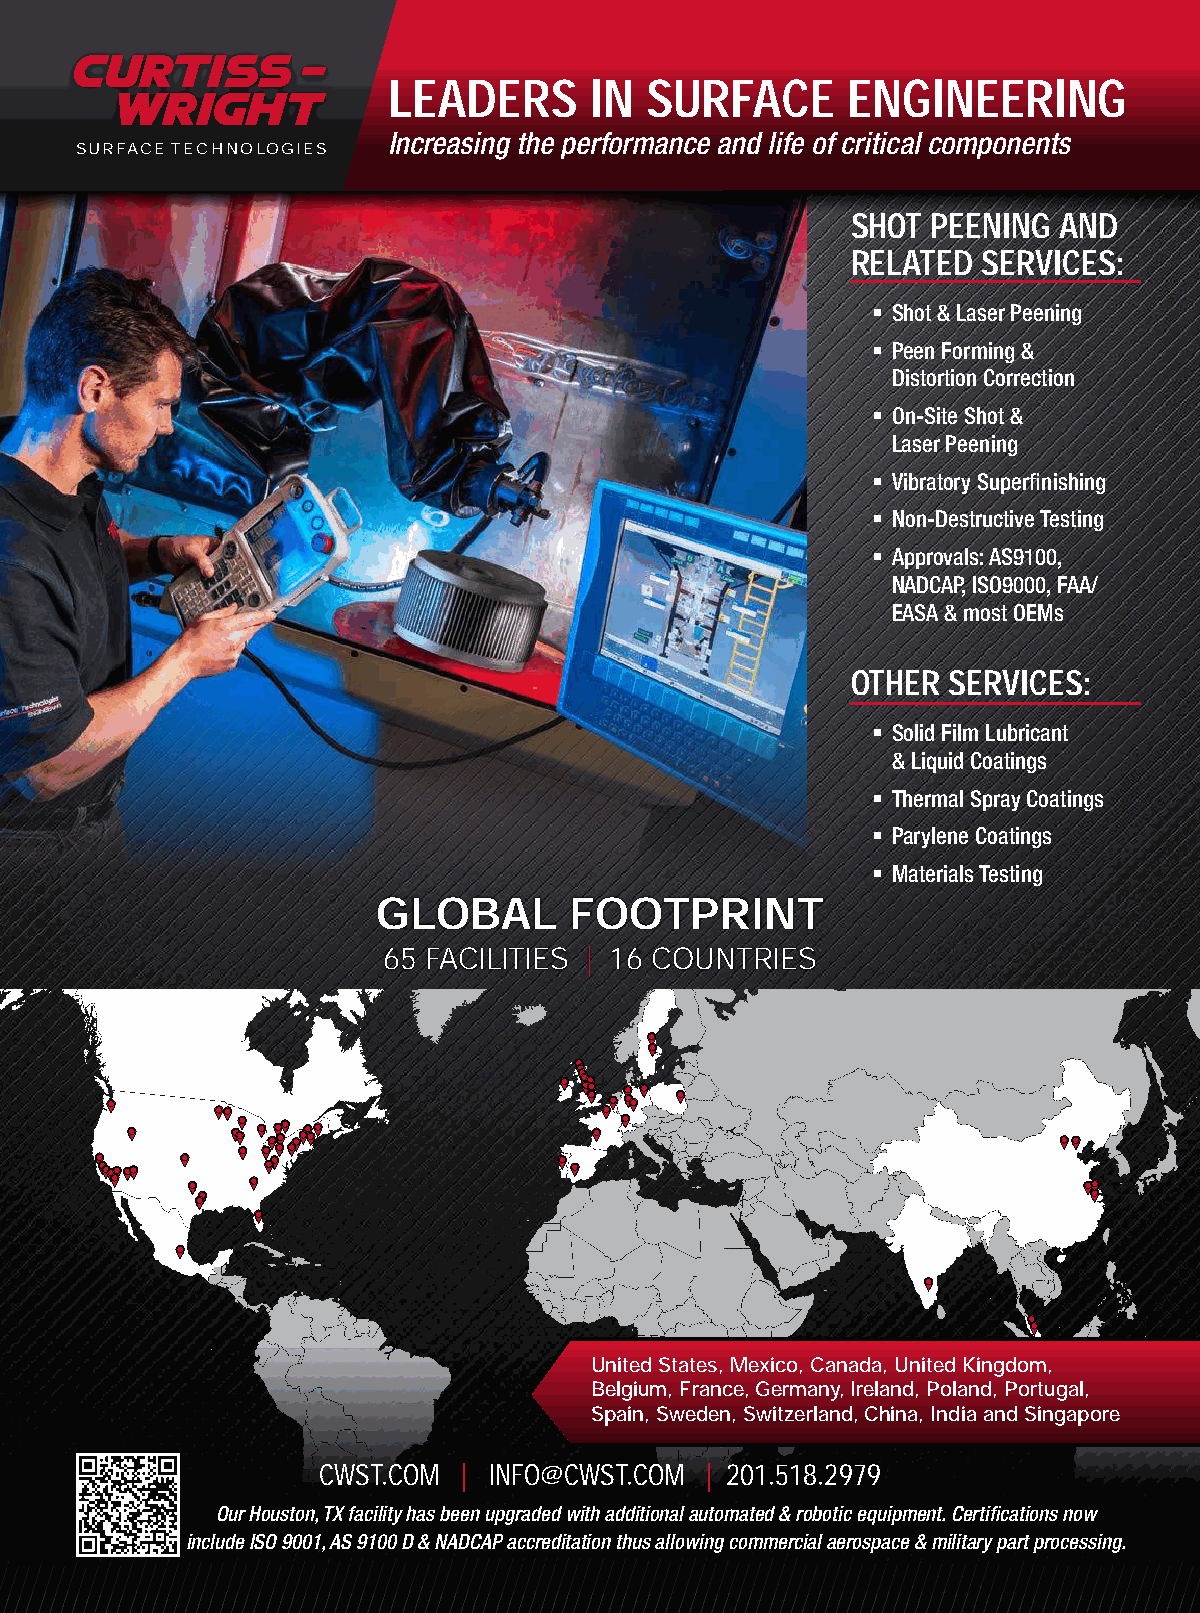
LEADERS      IN  SURFACE      ENGINEERING
 Increasing the performance and life of critical components
 SURFACE TECHNOLOGIES
 SHOT  PEENING AND
 RELATED  SERVICES:
 § Shot & Laser Peening
 § Peen Forming &
 Distortion Correction
 § On-Site Shot &
 Laser Peening
 § Vibratory Superfinishing
 § Non-Destructive Testing
 § Approvals: AS9100,
 NADCAP, ISO9000, FAA/
 EASA & most OEMs
 OTHER  SERVICES:
 § Solid Film Lubricant
 & Liquid Coatings
 § Thermal Spray Coatings
 § Parylene Coatings
 § Materials Testing
 GLOBAL       FOOTPRINT
 65 FACILITIES | 16 COUNTRIES
 United States, Mexico, Canada, United Kingdom,
 Belgium, France, Germany, Ireland, Poland, Portugal,
 Spain, Sweden, Switzerland, China, India and Singapore
 CWST.COM  | INFO@CWST.COM | 201.518.2979
 Our Houston, TX facility has been upgraded with additional automated & robotic equipment. Certifications now
 include ISO 9001, AS 9100 D & NADCAP accreditation thus allowing commercial aerospace & military part processing.
 13
 The Shot Peener | Spring 2021